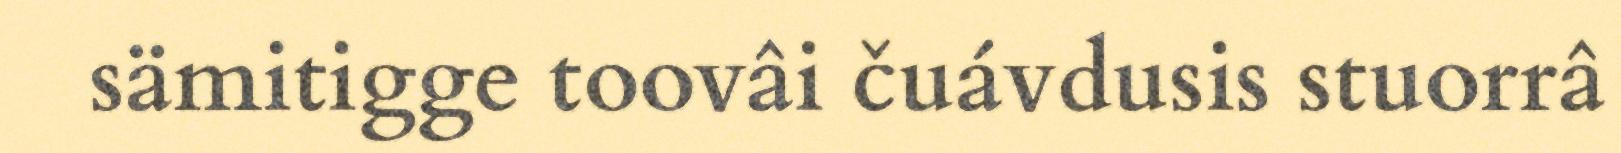
sämitigge toovâi čuávdusis stuorrâ